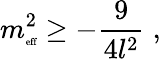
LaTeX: m_{\textrm{{\tiny{eff}}}}^{2}\geq-\frac{9}{4l^{2}}\; ,